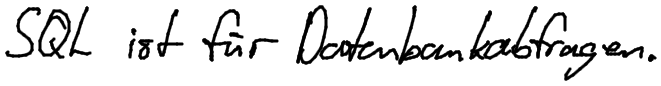
SQL ist für Datenbankabfragen.